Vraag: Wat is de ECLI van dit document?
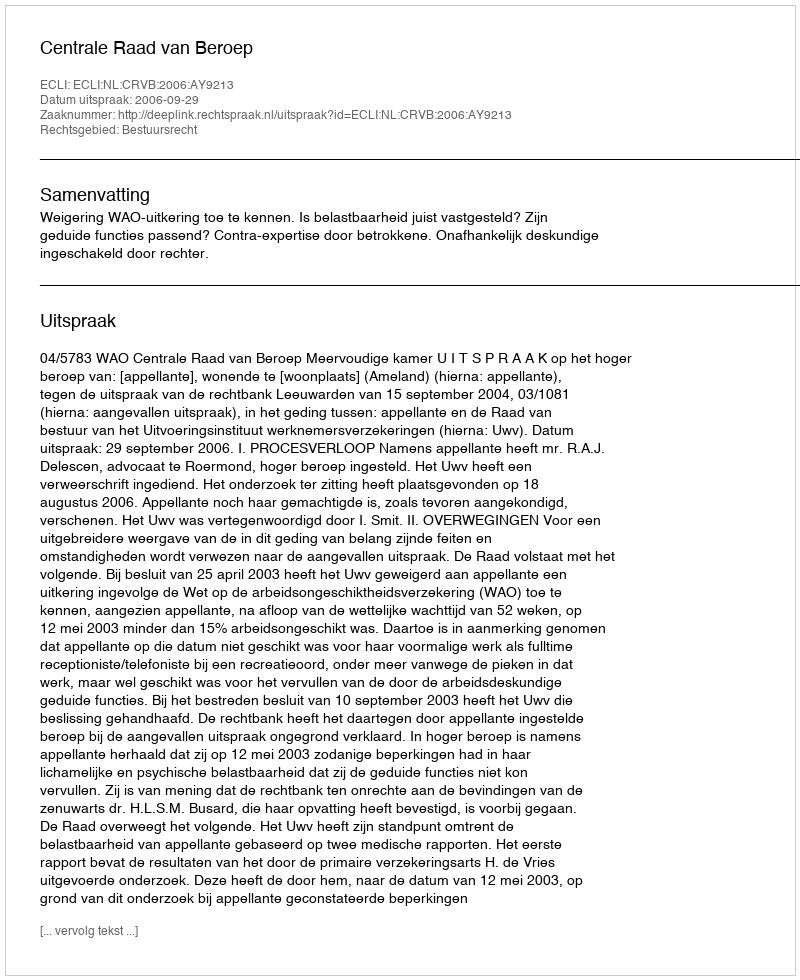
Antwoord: ECLI:NL:CRVB:2006:AY9213